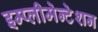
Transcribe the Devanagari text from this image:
इम्प्लीमेन्टेशन